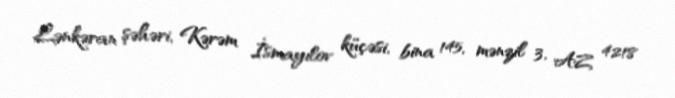
Lənkəran şəhəri, Kərəm İsmayılov küçəsi, bina 145, mənzil 3, AZ 4218